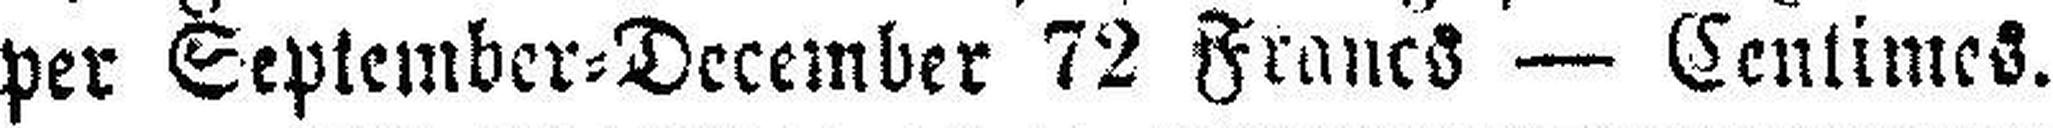
per September=December 72 Francs — Centimes.